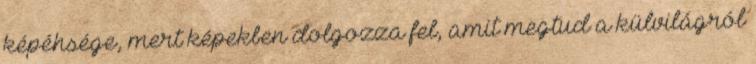
képéhsége, mert képekben dolgozza fel, amit megtud a külvilágról